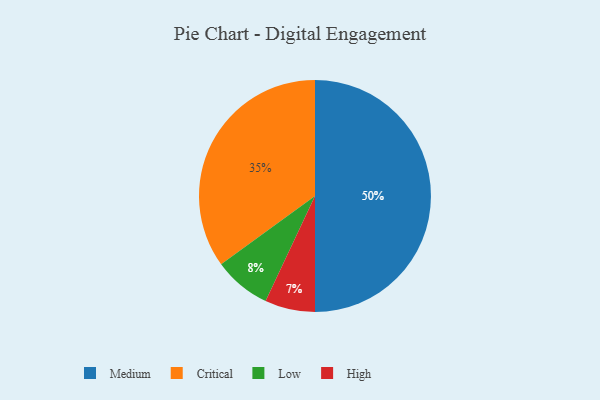
{"axis": {"x": "Category", "y": "Percentage"}, "legend": ["Critical", "High", "Low", "Medium"], "data": [{"x": "Critical", "y": 35, "type": "Critical"}, {"x": "Low", "y": 8, "type": "Low"}, {"x": "Medium", "y": 50, "type": "Medium"}, {"x": "High", "y": 7, "type": "High"}]}